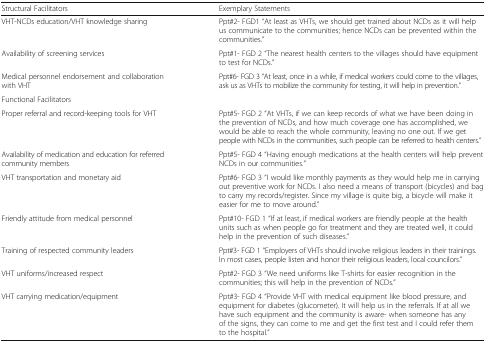
| Structural Facilitators | Exemplary Statements |
 | --- | --- |
 | VHT-NCDs education/VHT knowledge sharing | Ppt#2- FGD1 “At least as VHTs, we should get trained about NCDs as it will help us communicate to the communities; hence NCDs can be prevented within the communities.” |
 | Availability of screening services | Ppt#1- FGD 2 “The nearest health centers to the villages should have equipment to test for NCDs.” |
 | Medical personnel endorsement and collaboration with VHT | Ppt#6- FGD 3 “At least, once in a while, if medical workers could come to the villages, ask us as VHTs to mobilize the community for testing, it will help in prevention.” |
 | Functional Facilitators |  |
 | Proper referral and record-keeping tools for VHT | Ppt#5- FGD 2 “At VHTs, if we can keep records of what we have been doing in the prevention of NCDs, and how much coverage one has accomplished, we would be able to reach the whole community, leaving no one out. If we get people with NCDs in the communities, such people can be referred to health centers.” |
 | Availability of medication and education for referred community members | Ppt#5- FGD 4 “Having enough medications at the health centers will help prevent NCDs in our communities.” |
 | VHT transportation and monetary aid | Ppt#6- FGD 3 “I would like monthly payments as they would help me in carrying out preventive work for NCDs. I also need a means of transport (bicycles) and bag to carry my records/register. Since my village is quite big, a bicycle will make it easier for me to move around.” |
 | Friendly attitude from medical personnel | Ppt#10- FGD 1 “If at least, if medical workers are friendly people at the health units such as when people go for treatment and they are treated well, it could help in the prevention of such diseases.” |
 | Training of respected community leaders | Ppt#3- FGD 1 “Employers of VHTs should involve religious leaders in their trainings. In most cases, people listen and honor their religious leaders, local councilors.” |
 | VHT uniforms/increased respect | Ppt#2- FGD 3 “We need uniforms like T-shirts for easier recognition in the communities; this will help in the prevention of NCDs.” |
 | VHT carrying medication/equipment | Ppt#3- FGD 4 “Provide VHT with medical equipment like blood pressure, and equipment for diabetes (glucometer). It will help us in the referrals. If at all we have such equipment and the community is aware- when someone has any of the signs, they can come to me and get the first test and I could refer them to the hospital.” |